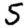
Digit: 5